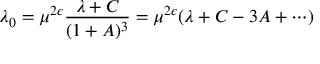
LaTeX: \lambda _ { 0 } = \mu ^ { 2 \epsilon } \frac { \lambda + C } { ( 1 + A ) ^ { 3 } } = \mu ^ { 2 \epsilon } ( \lambda + C - 3 A + \cdots )